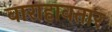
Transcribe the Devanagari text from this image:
वाराहावतार